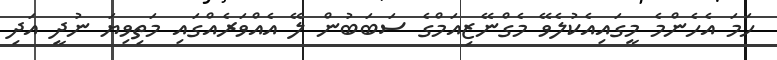
ހަމަ އެހެންމެ މީގައިއެކުލެވޭ މެގްނޭޒިއަމްގެ ސަބަބުން ލޭ އެއްވަރެއްގައި މަތިވިޔަ ނުދީ އަދި